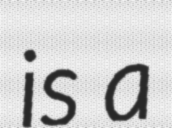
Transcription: is a